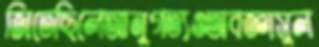
জিতেছিলেআনুগত্যওঅবজ্ঞাসুল